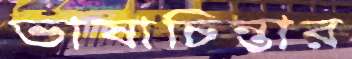
ভাষাচিন্তার